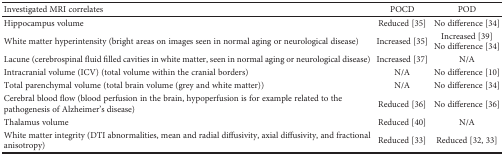
<table><thead><tr><td><b>Investigated MRI correlates</b></td><td><b>POCD</b></td><td><b>POD</b></td></tr></thead><tbody><tr><td>Hippocampus volume</td><td>Reduced [35]</td><td>No difference [34]</td></tr><tr><td>White matter hyperintensity (bright areas on images seen in normal aging or neurological disease)</td><td>Increased [35]</td><td>Increased [39]No difference [34]</td></tr><tr><td>Lacune (cerebrospinal fluid filled cavities in white matter, seen in normal aging or neurological disease)</td><td>Increased [37]</td><td>N/A</td></tr><tr><td>Intracranial volume (ICV) (total volume within the cranial borders)</td><td>N/A</td><td>No difference [10]</td></tr><tr><td>Total parenchymal volume (total brain volume (grey and white matter))</td><td>N/A</td><td>No difference [34]</td></tr><tr><td>Cerebral blood flow (blood perfusion in the brain, hypoperfusion is for example related to the pathogenesis of Alzheimer&#x27;s disease)</td><td>Reduced [36]</td><td>No difference [36]</td></tr><tr><td>Thalamus volume</td><td>Reduced [40]</td><td>N/A</td></tr><tr><td>White matter integrity (DTI abnormalities, mean and radial diffusivity, axial diffusivity, and fractional anisotropy)</td><td>Reduced [33]</td><td>Reduced [32, 33]</td></tr></tbody></table>